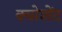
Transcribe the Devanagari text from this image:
क्वोशेंट